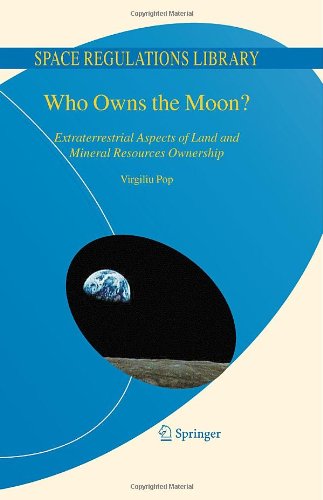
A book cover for Who Owns the Moon?: Extraterrestrial Aspects of Land and Mineral Resources Ownership (Space Regulations Library); Virgiliu Pop; Law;